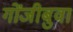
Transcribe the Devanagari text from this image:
गोंजीबुवा